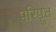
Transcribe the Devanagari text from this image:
परिप्लुत